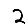
Digit: 2